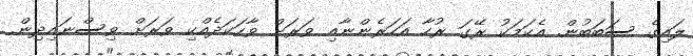
ލައިގެ ސަބަބުން. އެކަމަކު ރޭގަ ރުހާ އަހަރެންނާއި ވަރަށް ވާހަކަދެއްކި ވަރަށް ވިސްނައިދިން.